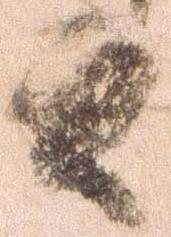
云